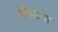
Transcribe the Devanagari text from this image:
डीडीएस